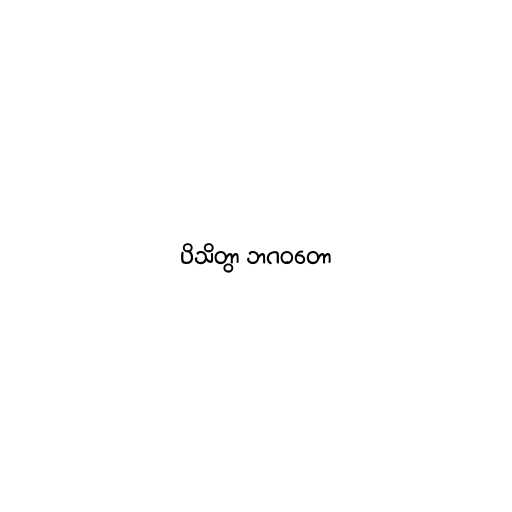
ပိသိတွာ ဘဂဝတော